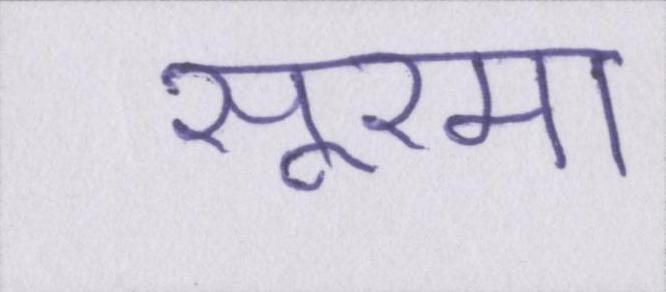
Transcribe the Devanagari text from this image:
सूरमा